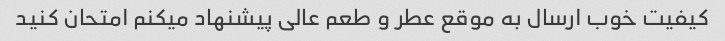
کیفیت خوب ارسال به موقع عطر و طعم عالی پیشنهاد میکنم امتحان کنید